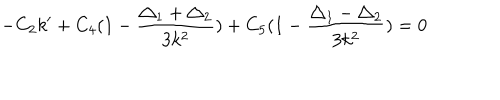
- C _ { 2 } k ^ { \prime } + C _ { 4 } ( 1 - \frac { \triangle _ { 1 } + \triangle _ { 2 } } { 3 k ^ { 2 } } ) + C _ { 5 } ( 1 - \frac { \triangle _ { 1 } - \triangle _ { 2 } } { 3 k ^ { 2 } } ) = 0